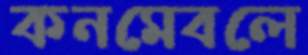
কনমেবলে